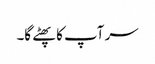
سر آپ کا پھٹے گا۔